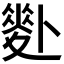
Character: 𠨉